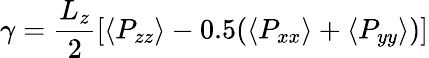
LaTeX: \gamma=\frac{L_{z}}{2}[\langle P_{zz}\rangle-0.5(\langle P_{xx}\rangle+\langle P_{yy}\rangle)]